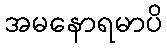
အမနောရမာပိ